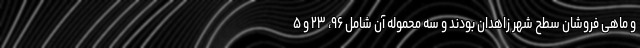
و ماهی فروشان سطح شهر زاهدان بودند و سه محموله آن شامل ۹۶، ۲۳ و ۵